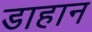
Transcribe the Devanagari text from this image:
डाहान